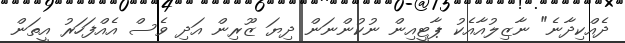
ދެއްކިދާނެ" ނާޒިލުއާއެކު ޕާޓީއިން ނުކުންނަން ދިޔަ ޒޫރިން އަދި ވެސް އެއްފަހަރު އީތަން